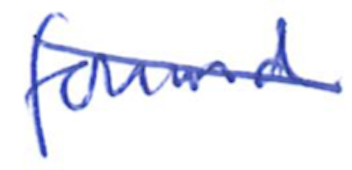
Text: found
Cross-out: mix
Writing tool: ballpoint